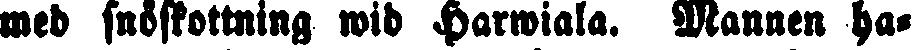
med snöskottning wid Harwiala. Mannen ha-